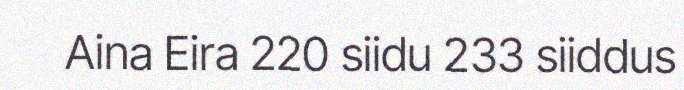
Aina Eira 220 siidu 233 siiddus